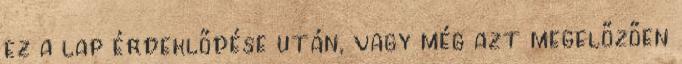
ez a lap érdeklődése után, vagy még azt megelőzően